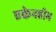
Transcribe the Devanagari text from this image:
एकेनहीम